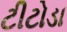
ટીટોડા